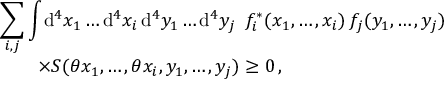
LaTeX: \begin{array} { l } { { \displaystyle \sum _ { i , j } \int \! \mathrm { d } ^ { 4 } x _ { 1 } \dots \mathrm { d } ^ { 4 } x _ { i } \, \mathrm { d } ^ { 4 } y _ { 1 } \dots \mathrm { d } ^ { 4 } y _ { j } \enspace f _ { i } ^ { \ast } ( x _ { 1 } , \dots , x _ { i } ) \, f _ { j } ( y _ { 1 } , \dots , y _ { j } ) } } \\ { { \qquad \times { \cal S } ( \theta x _ { 1 } , \dots , \theta x _ { i } , y _ { 1 } , \dots , y _ { j } ) \ge 0 \, , } } \end{array}